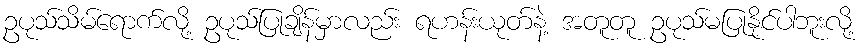
ဥပုသ်သိမ်ရောက်လို့ ဥပုသ်ပြုချိန်မှာလည်း ရဟန်းယုတ်နဲ့ အတူတူ ဥပုသ်မပြုနိုင်ပါဘူးလို့